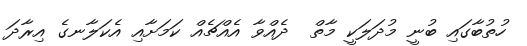
ހުތުބާގައި ބުނީ މުދަލަކީ މާތް  ދެއްވާ އެއްޗެއް ކަމަށާއި އެކަލާނގެ އިރާދަ